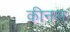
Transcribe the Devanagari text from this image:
कीनस